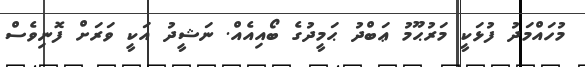
މުހައްމަދު ފުޅަކީ މަރުޙޫމު ޢަބްދު ޙަމީދުގެ ބޯއިއެއް. ނަޝީދު އަކީ ވަރަށް ފޮނިވެސް